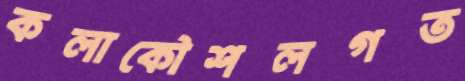
কলাকৌশলগত